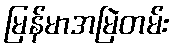
မြန်မာအမြဲတမ်း